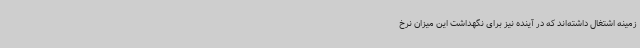
زمینه اشتغال داشته‌اند که در آینده نیز برای نگهداشت این میزان نرخ